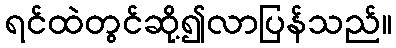
ရင်ထဲတွင်ဆို့၍လာပြန်သည်။